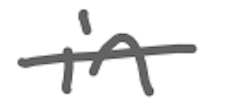
Text: in
Cross-out: single-line
Writing tool: digital_gray